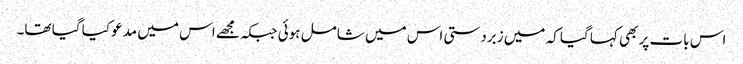
اس بات پر بھی کہا گیا کہ میں زبردستی اس میں شامل ہوئی جبکہ مجھے اس میں مدعو کیا گیا تھا۔